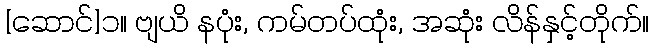
[ဆောင်]၁။ ဗျယိ နပုံး, ကမ်တပ်ထုံး, အဆုံး လိန်နှင့်တိုက်။